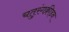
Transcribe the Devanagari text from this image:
चतुरंगक्रीड़न